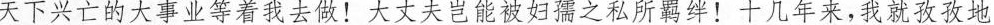
天下兴亡的大事业等着我去做！大丈夫岂能被妇孺之私所羁绊！十几年来，我就孜孜地